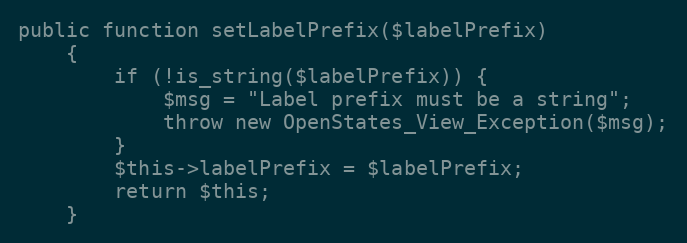
Language: PHP
public function setLabelPrefix($labelPrefix)
    {
        if (!is_string($labelPrefix)) {
            $msg = "Label prefix must be a string";
            throw new OpenStates_View_Exception($msg);
        }
        $this->labelPrefix = $labelPrefix;
        return $this;
    }